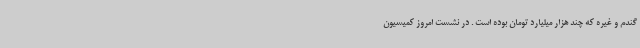
گندم و غیره که چند هزار میلیارد تومان بوده است . در نشست امروز کمیسیون